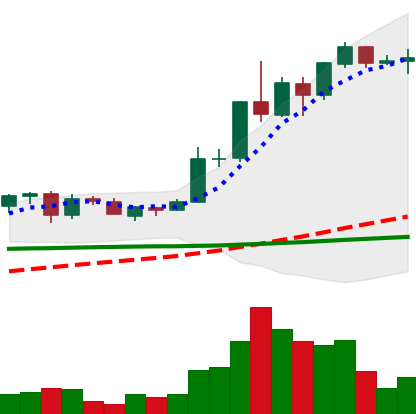
Ticker: ADA-USD
Chart end date: 2020-06-07
Forward return: -8.193%
Label: down_7plus